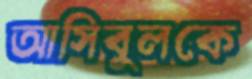
আসিবুলকে